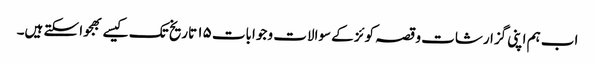
اب ہم اپنی گزارشات و قصہ کوئز کے سوالات و جوابات ۱۵ تاریخ تک کیسے بھجوا سکتے ہیں۔